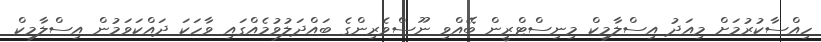
ހިއްސާކުރުމަށް މިއަދު އިސްލާމިކް މިނިސްޓްރީން ބޭއްވި ނޫސްވެރިންގެ ބައްދަލުވުމެއްގައި ވާހަކަ ދައްކަވަމުން އިސްލާމިކް